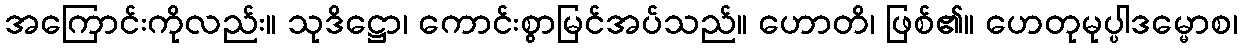
အကြောင်းကိုလည်း။ သုဒိဋ္ဌော၊ ကောင်းစွာမြင်အပ်သည်။ ဟောတိ၊ ဖြစ်၏။ ဟေတုမုပ္ပါဒမ္မောစ၊